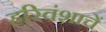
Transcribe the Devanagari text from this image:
हरिवंशाचें